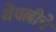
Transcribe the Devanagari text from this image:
थेवल्लीचे